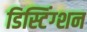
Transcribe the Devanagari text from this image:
डिस्टिंग्शन